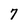
Character: 7